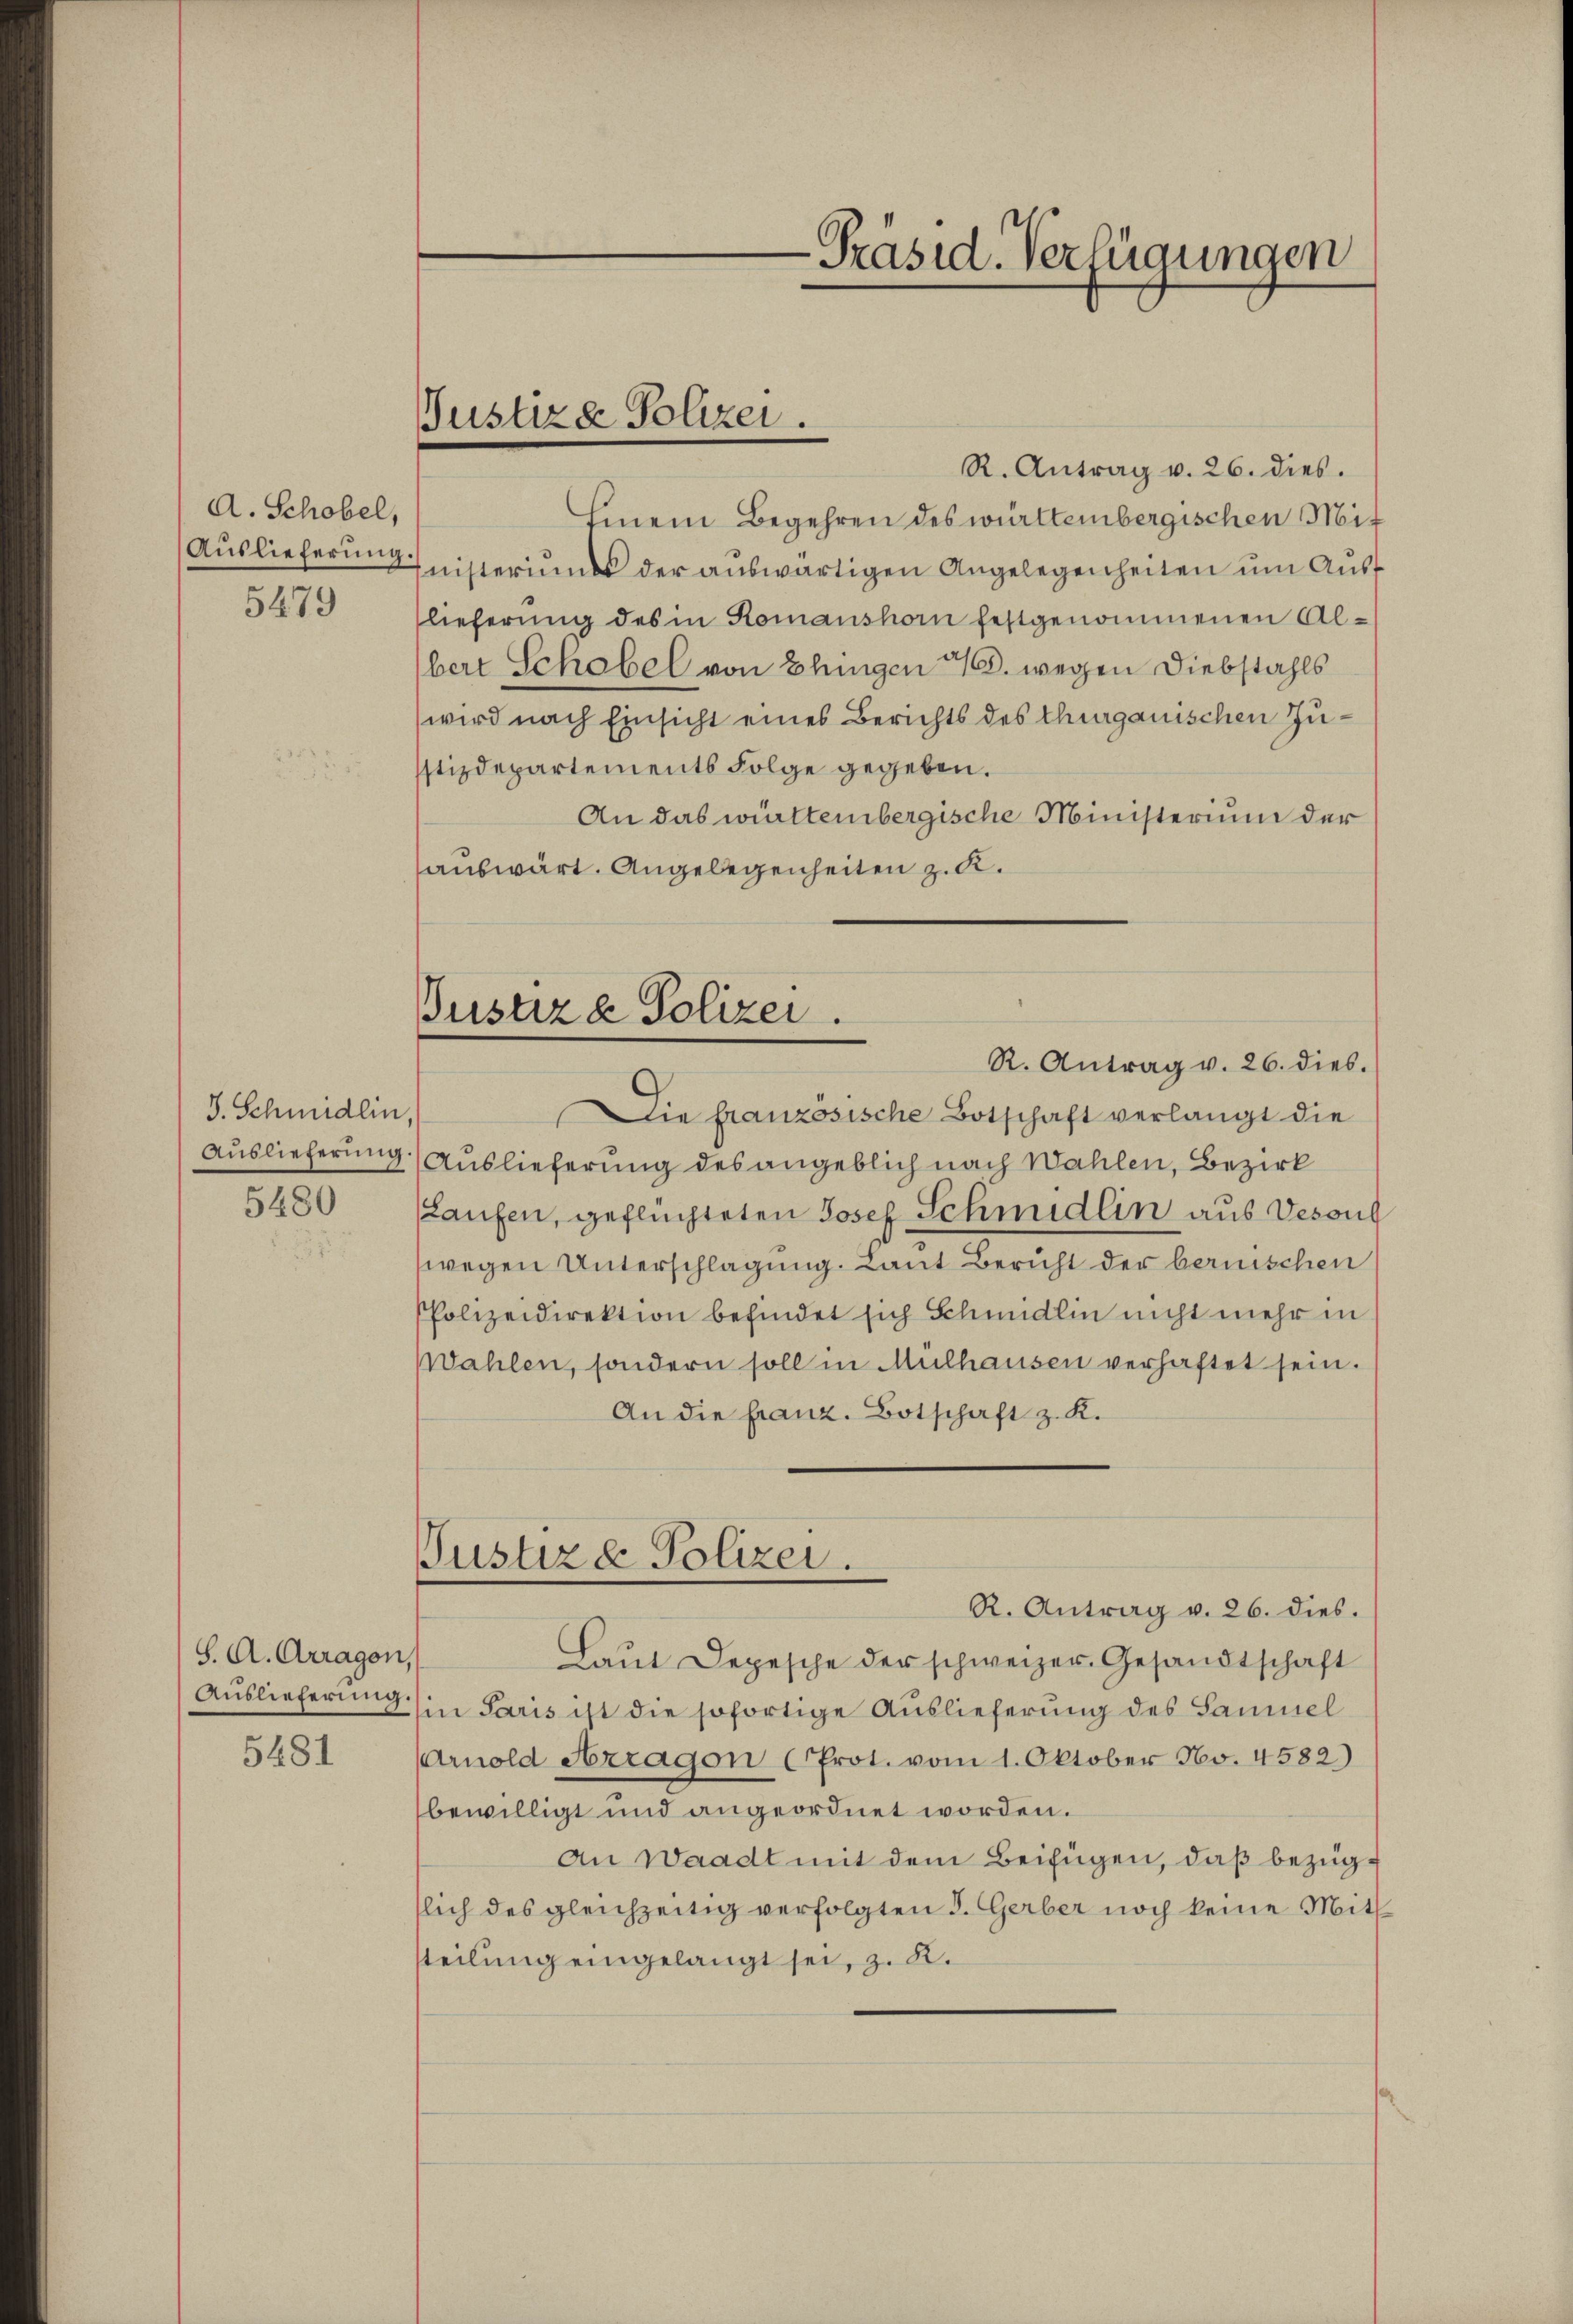
A. Schöbel,
Auslieferung.
5479

J. Schmidlin
Auslieferung
5480

S. A. Arragen,
Auslieferung.
5481

-Präsid. Verfügungen

Justiza Polizei.

Pustiz & Polizei.
R. Antrag v. 26. dies.

R. Antrag v. 26. dies.
hinein Begehren des württembergischen Miinisteriums der auswärtigen Angelegenheiten um Auslieferung des in Romanshorn festgenommenen Albert Schabel von Ebingen 1/6. wegen Diebstahls
wird nach Einsicht eines Berichts des Thurganischen Zustizdepartements Folge gegeben.
An das württembergische Ministerium der
auswärt. Angelegenheiten z. R.
Die französische Botschaft verlangt die
Auslieferung des angeblich nach Wahlen, Bezirk
(Laufen, geflüchteten Josef Schmidlin aus Vesond
wegen Unterschlagung. Laut Bericht der bernischen
PPolizeidirektion befindet sich Schmidlin nicht mehr in
wahlen, sondern soll in Mülhausen verhaftet sein.
An die franz. Botschaft z. K.
Justiz & Polizei.
R. Antrag v. 26. dies.
Laŭt Depesche der schweizer. Gesandtschaft
in Paris ist die sofortige Auslieferung des Saumel
Arnold Arragon (Prot. vom 1. Oktober No. 4582)
bewilligt und angeordnet worden.
An Waadt mit dem Beifügen, daß bezügslich des gleichzeitig verfolgten d. Gerber noch keine Mitt
steilung eingelangt sei, z. K.